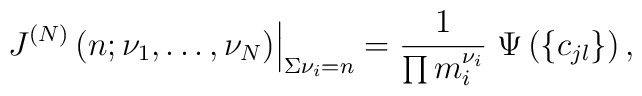
\left. \; J^{(N)}\left(n; \nu_1, \ldots , \nu_N \right)\right|_{\Sigma\nu_i=n}=  \frac{1}{\prod m_i^{\nu_i}} \;\Psi\left(\left\{ c_{jl} \right\}\right) ,